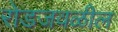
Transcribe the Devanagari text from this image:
रोडजवळील